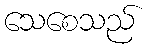
သေစေသည်